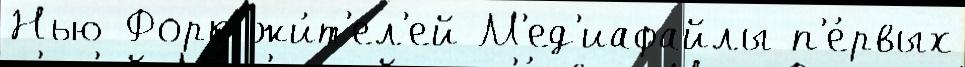
Нью-Форк жи́т'ел'ей М'ед'иафайлы п'е́рвых